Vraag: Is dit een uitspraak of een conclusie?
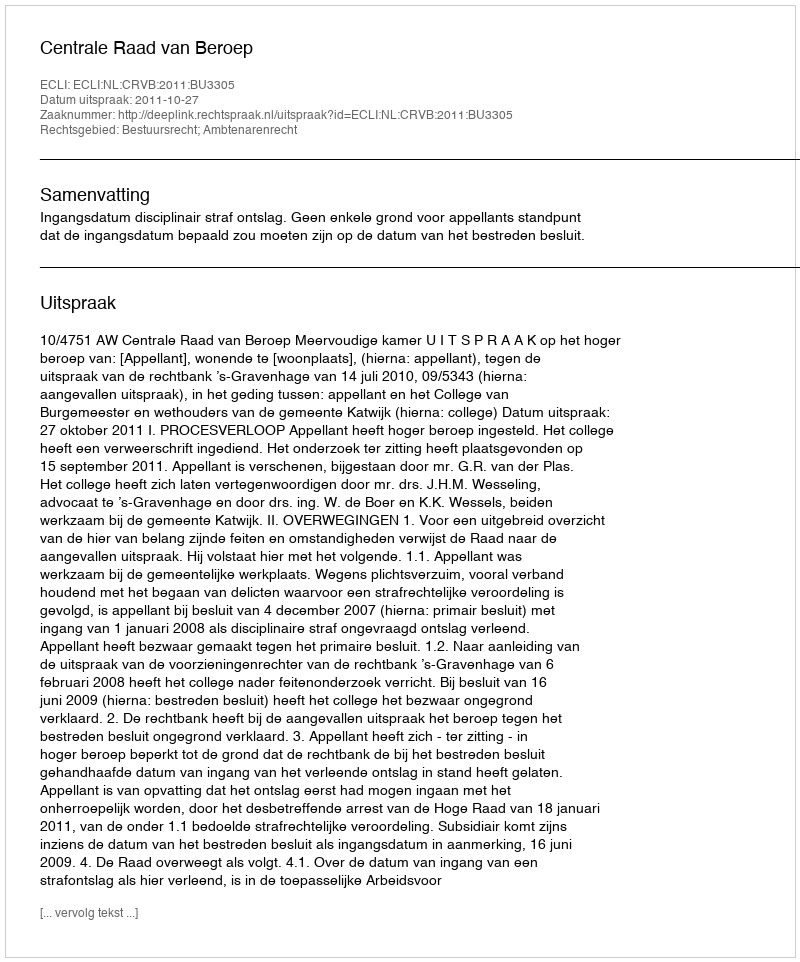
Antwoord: Uitspraak